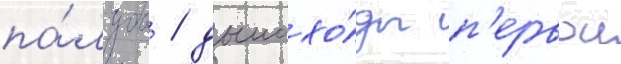
па́лубы / дымохо́ды п'ервои